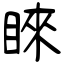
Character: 睞